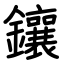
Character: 鑲